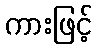
ကားဖြင့်